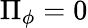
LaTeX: \Pi_{\phi}=0